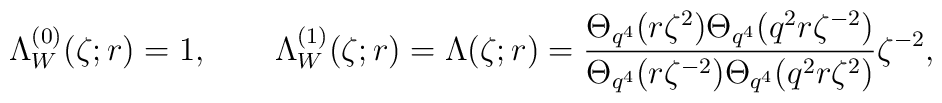
\Lambda_W^{(0)}(\zeta;r) = 1,  \qquad  \Lambda_W^{(1)}(\zeta;r) =  \Lambda(\zeta;r) =  \frac{\Theta_{q^4}(r\zeta^2)\Theta_{q^4}(q^2 r\zeta^{-2})}  {\Theta_{q^4}(r\zeta^{-2})\Theta_{q^4}(q^2 r\zeta^2)}\zeta^{-2},